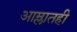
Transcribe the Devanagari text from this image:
आम्लातही